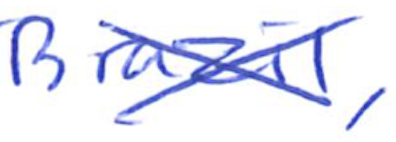
Text: Brazil,
Cross-out: mix
Writing tool: ballpoint